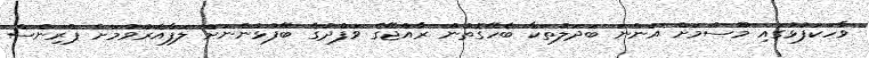
ވާހަކަފުޅުގައި މޫސުމަށް އަންނަ ބަދަލުތަކާ ބެހޭގޮތުން ރާއްޖޭގެ ވަފްދުގެ ބޭފުޅުންނަށް ލަފާއެރުވުމަށް ޕްރިންސް